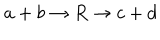
a + b \rightarrow R \rightarrow c + d